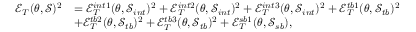
\begin{array} { r l } { \mathcal { E } _ { T } ( \theta , \mathcal { S } ) ^ { 2 } } & { = \mathcal { E } _ { T } ^ { i n t 1 } ( \theta , \mathcal { S } _ { i n t } ) ^ { 2 } + \mathcal { E } _ { T } ^ { i n t 2 } ( \theta , \mathcal { S } _ { i n t } ) ^ { 2 } + \mathcal { E } _ { T } ^ { i n t 3 } ( \theta , \mathcal { S } _ { i n t } ) ^ { 2 } + \mathcal { E } _ { T } ^ { t b 1 } ( \theta , \mathcal { S } _ { t b } ) ^ { 2 } } \\ & { + \mathcal { E } _ { T } ^ { t b 2 } ( \theta , \mathcal { S } _ { t b } ) ^ { 2 } + \mathcal { E } _ { T } ^ { t b 3 } ( \theta , \mathcal { S } _ { t b } ) ^ { 2 } + \mathcal { E } _ { T } ^ { s b 1 } ( \theta , \mathcal { S } _ { s b } ) , } \end{array}